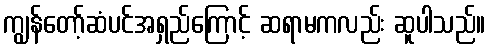
ကျွန်တော့်ဆံပင်အရှည်ကြောင့် ဆရာမကလည်း ဆူပါသည်။